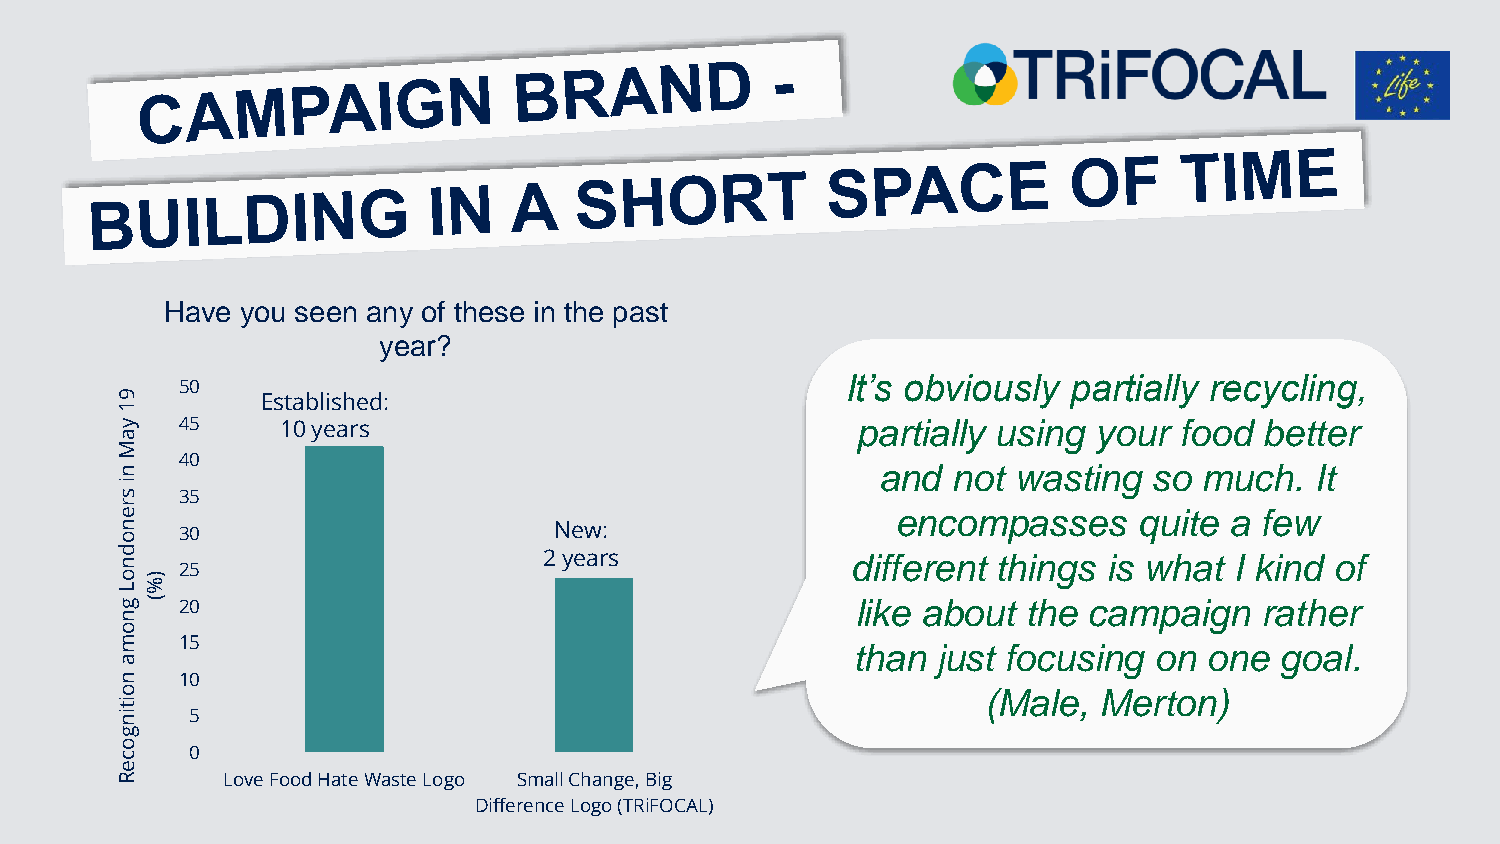
Have you seen any of these in the past
 year?
 It’s obviously partially recycling,
 9
 50
 Established:
 1
 y   45     10 years                              partially using your food  better
 a
 M
 n
 40
 and  not wasting  so  much.  It
 i
 s   35
 r
 e                                                  encompasses     quite a few
 n o 30                       New:
 d n                         2 years             different things is what  I kind of
 o
 L
 )% 25
 g ( 20                                           like about the campaign   rather
 n
 o
 m   15                                          than  just focusing on  one  goal.
 a
 n   10
 o                                                        (Male,  Merton)
 it
 in   5
 g
 o
 c    0
 e
 R      Love Food Hate Waste Logo Small Change, Big
 Difference Logo (TRiFOCAL)